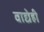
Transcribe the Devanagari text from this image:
वाद्येही